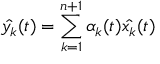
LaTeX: { \hat { y _ { k } } } ( t ) = \sum _ { k = 1 } ^ { n + 1 } \alpha _ { k } ( t ) { \hat { x _ { k } } } ( t )